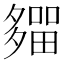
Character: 𡗈